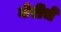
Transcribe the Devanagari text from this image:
मेरीचे